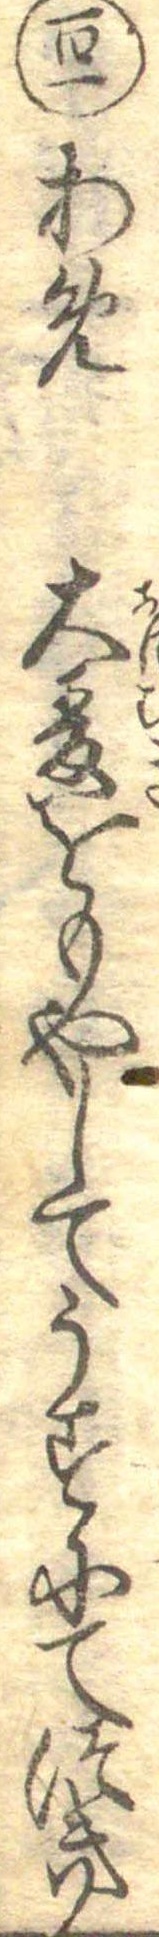
百一あめ大麦をもやしてうすにてつき